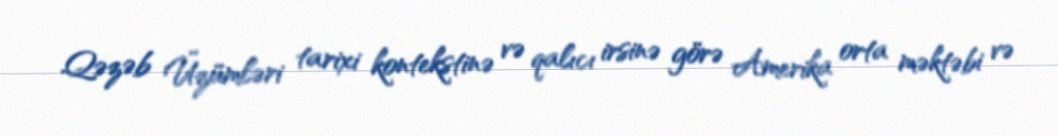
Qəzəb Üzümləri tarixi kontekstinə və qalıcı irsinə görə Amerika orta məktəbi və